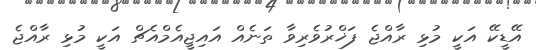
އޭޑީކޭ އަކީ މުޅި ރާއްޖެ ފަޚްރުވެރިވާ ތަނެއް އައިޖީއެމްއެޗް އަކީ މުޅި ރާއްޖެ